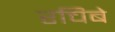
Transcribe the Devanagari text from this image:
रचिबे